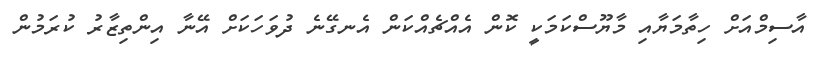
އާސިމްއަށް ހިތާމަޔާއި މާޔޫސްކަމަކީ ކޮން އެއްޗެއްކަން އެނގޭނެ ދުވަހަކަށް އޭނާ އިންތިޒާރު ކުރަމުން